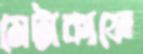
মেটাকাফে